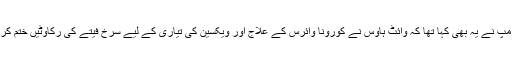
صدر ٹرمپ نے یہ بھی کہا تھا کہ وائٹ ہاوس نے کورونا وائرس کے علاج اور ویکسین کی تیاری کے لیے سرخ فیتے کی رکاوٹیں ختم کر دی ہیں۔